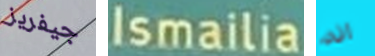
جيفريز Ismailia انه